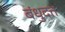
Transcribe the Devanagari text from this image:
बंधुदत्त